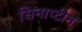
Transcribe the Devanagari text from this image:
सिनाप्टीन